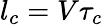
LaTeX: l_{c}=V\tau_{c}